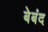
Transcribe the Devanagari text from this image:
बेबंद